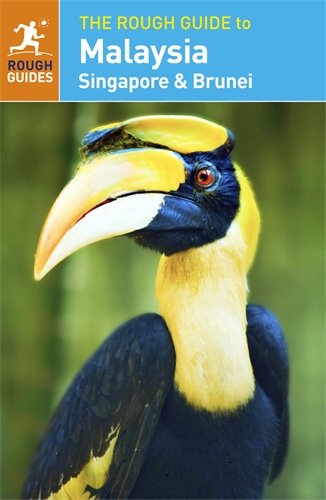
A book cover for The Rough Guide to Malaysia, Singapore & Brunei; Richard Lim; Travel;